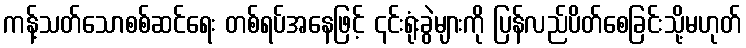
ကန့်သတ်သောစစ်ဆင်ရေး တစ်ရပ်အနေဖြင့် ၎င်းရုံးခွဲများကို ပြန်လည်ပိတ်စေခြင်းသို့မဟုတ်